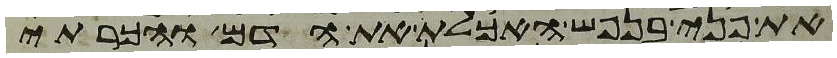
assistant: את פני בנפש האכלת את הדם והכרתי